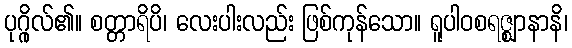
ပုဂ္ဂိုလ်၏။ စတ္တာရိပိ၊ လေးပါးလည်း ဖြစ်ကုန်သော။ ရူပါဝစရဇ္ဈာနာနိ၊